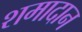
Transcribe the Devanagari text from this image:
शमादान